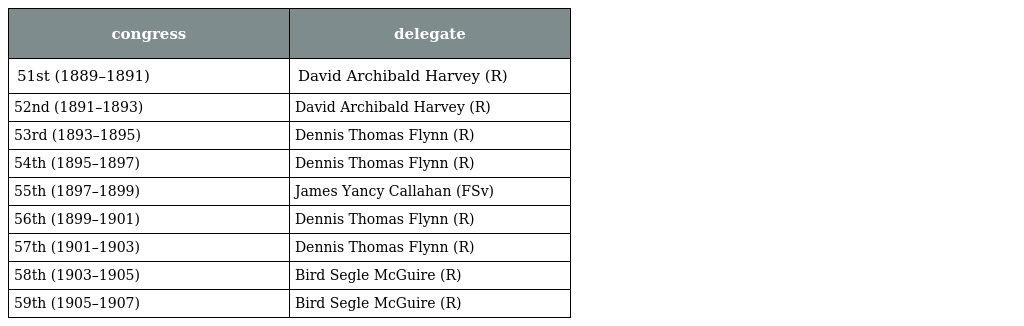
| congress | delegate |
 | --- | --- |
 | 51st (1889–1891) | David Archibald Harvey (R) |
 | 52nd (1891–1893) | David Archibald Harvey (R) |
 | 53rd (1893–1895) | Dennis Thomas Flynn (R) |
 | 54th (1895–1897) | Dennis Thomas Flynn (R) |
 | 55th (1897–1899) | James Yancy Callahan (FSv) |
 | 56th (1899–1901) | Dennis Thomas Flynn (R) |
 | 57th (1901–1903) | Dennis Thomas Flynn (R) |
 | 58th (1903–1905) | Bird Segle McGuire (R) |
 | 59th (1905–1907) | Bird Segle McGuire (R) |